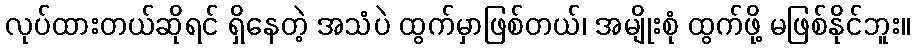
လုပ်ထားတယ်ဆိုရင် ရှိနေတဲ့ အသံပဲ ထွက်မှာဖြစ်တယ်၊ အမျိုးစုံ ထွက်ဖို့ မဖြစ်နိုင်ဘူး။